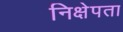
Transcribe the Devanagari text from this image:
निक्षेपता